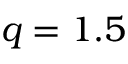
q = 1 . 5